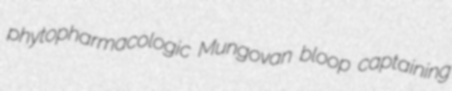
phytopharmacologic Mungovan bloop captaining